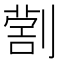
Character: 𠟗